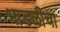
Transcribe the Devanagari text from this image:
भाडळीचा